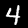
Digit: 4